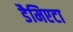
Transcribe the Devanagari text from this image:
डैमिएटा